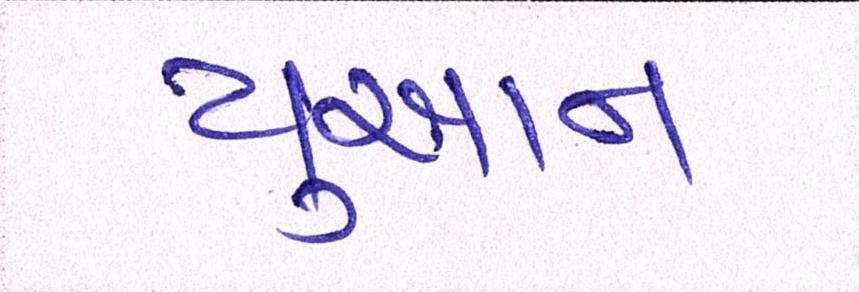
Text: યુઆન